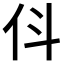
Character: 𬽫